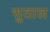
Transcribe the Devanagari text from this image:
सुताल